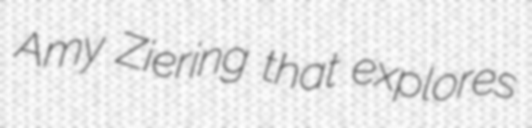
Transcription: Amy Ziering that explores